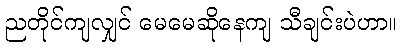
ညတိုင်ကျလျှင် မေမေဆိုနေကျ သီချင်းပဲဟာ။